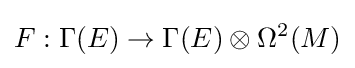
F:\Gamma (E)\to \Gamma (E)\otimes \Omega ^{2}(M)